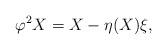
LaTeX: \begin{align*}\varphi^2 X = X - \eta(X)\xi,\end{align*}